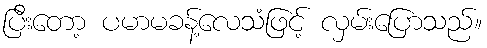
ပြီးတော့ ပမာမခန့်လေသံဖြင့် လှမ်းပြောသည်။